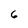
Character: 6